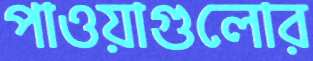
পাওয়াগুলোর